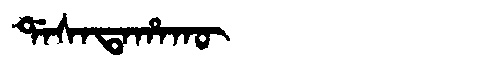
Manchu: ᡩᠠᠰᠠᡨᠠᡥᠠᡴᡡ
Romanization: DASATAHAKŪ